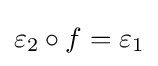
\varepsilon _{2}\circ f=\varepsilon _{1}